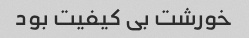
خورشت بی کیفیت بود